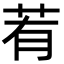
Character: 䒴